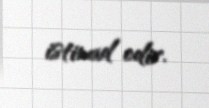
istinad edir.